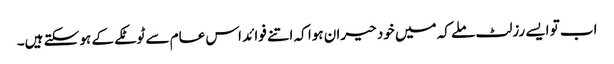
اب تو ایسے رزلٹ ملے کہ میں خود حیران ہوا کہ اتنے فوائد اس عام سے ٹوٹکے کے ہو سکتے ہیں۔